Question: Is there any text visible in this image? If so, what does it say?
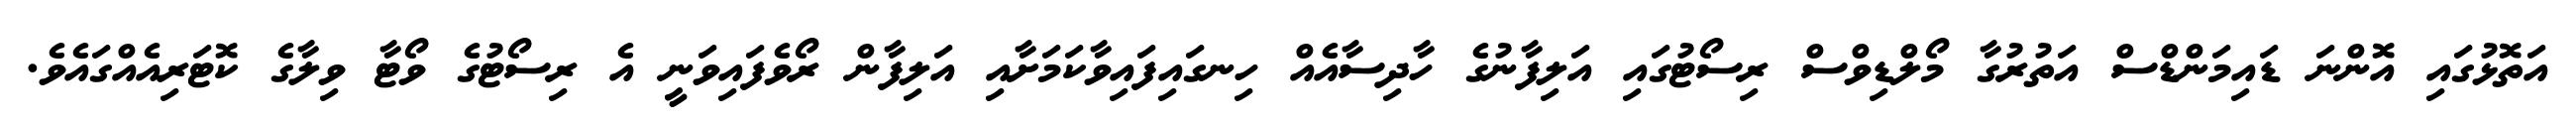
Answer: އަތޮޅުގައި އޮންނަ ޑައިމަންޑްސް އަތުރުގާ މޯލްޑިވްސް ރިސޯޓުގައި އަލިފާނުގެ ހާދިސާއެއް ހިނގައިފައިވާކަމަށާއި އަލިފާން ރޯވެފައިވަނީ އެ ރިސޯޓުގެ ވޯޓާ ވިލާގެ ކޮޓަރިއެއްގައެވެ.